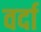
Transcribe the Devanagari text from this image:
वर्दा